Report on the lunatic asylums under the Government of Bombay - 1904-1913
Year: 1904
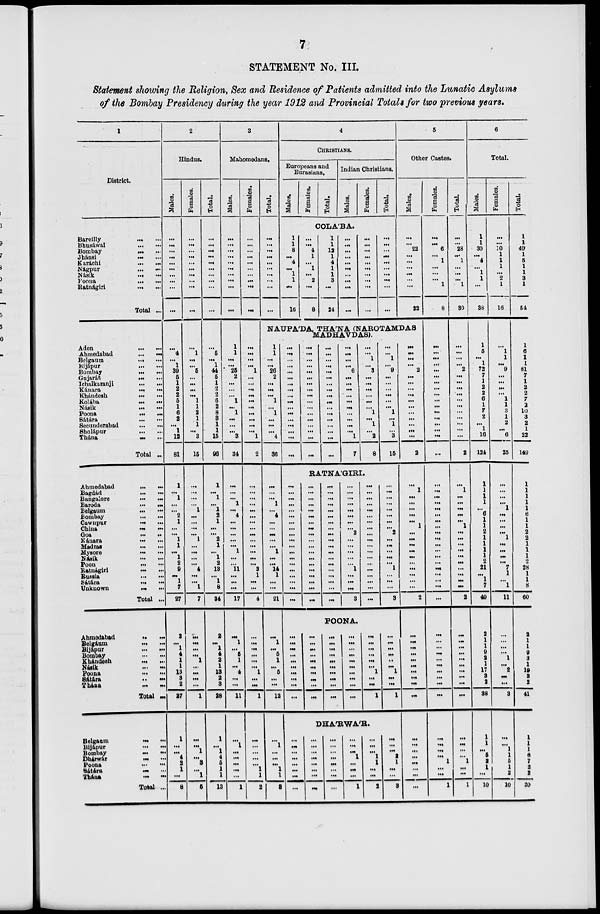
7
STATEMENT No. III.
Statement showing the Religion, Sex and Residence of Patients admitted into the Lunatic Asylums
of the Bombay Presidency during the year 1912 and Provincial Totals for two previous years.
1
District.
Bareilly ... ...
Bhusáwal
...
...
Bombay
...
...
Jhánsi
...
...
Karáchi
...
...
Nágpur
...
...
Násik
...
...
Poona
...
...
Ratnágiri
...
...
Total ...
Aden
...
...
Ahmedabad
...
...
Belgaum
...
...
Bijápur
...
...
Bombay
...
...
Gujarát ... ...
Ichalkaranji ... ...
Kánara
...
...
Khándesh
...
...
Kolába ...
Násik
...
...
Poona ... ...
Sátára
...
...
Secunderabad
...
...
Sholápur ... ...
Thána
...
...
Total ...
Ahmedabad
...
...
Bagdád
...
...
Bangalore ... ...
Baroda
...
...
Belgaum
...
...
Bombay
...
...
Cawnpur
...
...
China
...
...
Goa
...
...
Kánara
...
...
Madras
...
...
Mysore
...
...
Násik
...
...
Poon
...
...
Ratnágiri
...
...
Russia
...
...
Sátára
...
...
Unknown ... ...
Total ...
Ahmedabad ... ...
Belgáum
...
...
Bijápur
...
...
Bombay
...
...
Khándesh ... ...
Násik
...
...
Poona
...
...
Sátára
...
...
Thána ... ...
Total ...
Belgaum
...
...
Bijápur
...
...
Bombay
...
...
Dhárwár
...
...
Poona
...
...
Sátára
...
...
Thána
...
...
Total ...
2
Hindus.
Males.
...
...
...
...
...
...
...
...
...
...
...
4
...
1
39
5
1
2
2
5
1
6
2
...
1
12
81
1
...
1
...
...
2
1
...
...
1
1
...
1
2
9
...
1
7
27
2
...
1
4
1
1
13
3
2
27
1
...
...
4
2
1
...
8
Females.
...
...
...
...
...
...
...
...
...
...
...
1
...
...
5
...
...
...
...
1
1
2
1
1
...
3
15
...
...
...
...
1
...
...
...
...
1
...
...
...
...
4
...
...
1
7
...
...
...
...
1
...
...
...
...
1
...
...
1
...
3
...
1
5
Total.
...
...
...
...
...
...
...
...
...
...
...
5
...
1
44
5
1
2
2
6
2
8
3
1
1
15
96
1
...
1
...
1
2
1
...
...
2
1
...
1
2
13
...
1
8
34
2
...
1
4
2
1
13
2
3
28
1
...
1
4
5
1
1
13
3
Mahomedans.
Males.
...
...
...
...
...
...
...
...
...
...
1
1
...
...
25
2
...
...
...
1
...
1
...
...
...
3
34
...
...
...
1
...
4
...
...
...
...
...
1
...
...
11
...
...
...
17
...
1
...
5
1
...
4
...
...
11
...
1
...
...
...
...
...
1
Females.
...
...
...
...
...
...
...
...
...
...
...
...
...
...
1
...
...
...
...
...
...
...
...
...
...
1
2
...
...
...
...
...
...
...
...
...
...
...
...
...
...
3
1
...
...
4
...
...
...
...
...
...
1
...
...
1
...
...
...
...
...
1
1
2
Total.
...
...
...
...
...
...
...
...
...
...
4
CHRISTIANS.
Europeans and
Eurasians.
Males.
Females.
Total.
Indian Christians.
Males.
Females.
Total.
COLA'BA.
1
1
8
...
4
...
1
1
...
16
...
...
4
1
...
1
...
2
...
8
1
1
12
1
4
1
1
3
...
24
...
...
...
...
...
...
...
...
...
...
...
...
...
...
...
...
...
...
...
...
...
...
...
...
...
...
...
...
...
...
5
Other Castes.
Males.
...
...
22
...
...
...
...
...
...
22
NAUFA'DA. THA'NA (NAROTAMDAS
MADHAVDAS).
1
1
...
...
26
2
...
...
...
1
...
1
...
...
...
4
36
...
...
...
1
...
4
...
...
...
...
...
1
...
...
14
1
...
...
21
...
1
...
5
1
...
5
...
...
12
...
1
...
...
...
1
1
3
...
...
...
...
...
...
...
...
...
...
...
...
...
...
...
...
...
...
...
...
...
...
...
...
...
...
...
...
...
...
...
...
...
...
...
...
...
...
...
...
...
...
...
...
...
...
...
...
...
...
...
...
...
...
...
6
...
...
...
...
...
...
...
...
...
...
1
7
...
...
1
...
3
...
...
...
...
...
...
1
...
1
...
2
8
...
...
1
...
9
...
...
...
...
...
...
1
...
1
...
3
15
RATNA'GIRI.
...
...
...
...
...
...
...
...
...
...
...
...
...
...
...
...
...
...
...
...
...
...
...
...
...
...
...
...
...
...
...
...
...
...
...
...
...
...
...
...
...
...
...
...
...
...
...
...
...
...
...
...
...
...
...
...
...
...
...
...
...
...
...
...
...
2
...
...
...
...
...
1
...
...
...
3
...
...
...
...
...
...
...
...
...
...
...
...
...
...
...
...
...
...
...
...
...
...
...
...
...
...
...
2
...
...
...
...
...
1
...
...
...
3
POONA.
...
...
...
...
...
...
...
...
...
...
...
...
...
...
...
...
...
...
...
...
...
...
...
...
...
...
...
...
...
...
...
...
...
...
...
...
...
...
...
...
...
...
...
...
...
...
1
...
...
1
...
...
...
...
..
...
1
...
...
1
DHÁRWÁR.
...
...
...
...
...
...
...
...
...
...
...
...
...
...
...
...
...
...
...
...
...
...
...
...
...
...
...
1
...
...
...
1
...
...
...
1
1
...
...
2
...
...
...
2
1
...
...
3
...
...
...
...
2
...
...
...
...
...
...
...
...
...
...
...
2
...
1
...
...
...
...
...
1
...
...
...
...
...
...
...
...
...
...
2
...
...
...
...
...
...
...
...
...
...
...
...
...
...
...
...
...
...
Females.
...
...
6
...
1
...
...
...
1
8
...
...
...
...
...
...
...
...
...
...
...
...
...
...
...
...
...
...
...
...
...
...
...
...
...
...
...
...
...
...
...
...
...
...
...
...
...
...
...
...
...
...
...
...
...
...
...
...
...
...
1
...
...
1
Total.
...
...
28
...
1
...
...
...
1
30
...
...
...
...
2
...
...
...
...
...
...
...
...
...
...
...
2
...
1
...
...
...
...
1
...
...
...
...
...
...
...
...
...
...
2
...
...
...
...
...
...
...
...
...
...
...
...
...
...
1
...
...
1
6
Total.
Males.
1
1
30
...
4
...
1
1
...
38
1
5
...
1
72
7
1
2
2
6
1
7
2
...
1
16
124
1
1
1
1
...
6
1
1
2
1
1
1
1
2
21
...
1
7
49
2
1
1
9
2
1
17
3
2
38
1
1
...
5
2
1
...
10
Females.
...
...
10
1
1
1
...
2
1
16
...
1
1
...
9
...
...
...
...
1
1
3
1
2
...
6
25
...
...
...
...
1
...
...
...
...
1
...
...
...
...
7
1
...
1
11
...
...
...
...
1
...
2
...
...
3
...
...
1
1
5
1
2
10
Total.
1
1
40
1
5
1
1
3
1
54
1
6
1
1
81
7
1
2
2
7
2
10
3
2
1
22
149
1
1
1
1
1
6
1
1
2
2
1
1
1
2
28
1
1
8
60
2
1
1
9
3
1
19
3
2
41
1
1
1
6
7
2
2
20